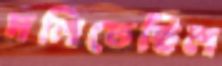
দলিতেছিল